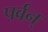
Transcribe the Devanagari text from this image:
पर्वन्